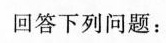
回答下列问题：